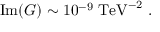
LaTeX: \mathrm { I m } ( G ) \sim 1 0 ^ { - 9 } \; \mathrm { T e V } ^ { - 2 } \ .